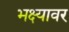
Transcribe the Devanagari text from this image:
भक्ष्यावर